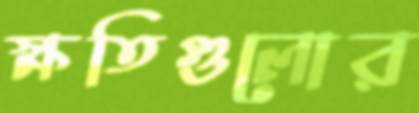
ক্ষতিগুলোর